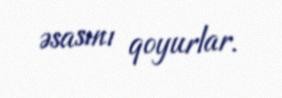
əsasını qoyurlar.